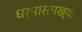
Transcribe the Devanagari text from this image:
धर्मासारख्या